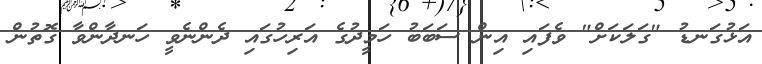
އަޅުގަނޑު "ގަލަކަށް" ވެފައި އިން ސަބަބު ހަމީދުގެ އަރިހުގައި ދެންނެވީ ހަނދާންވާ ގޮތުން